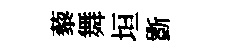
藜舞垣斵